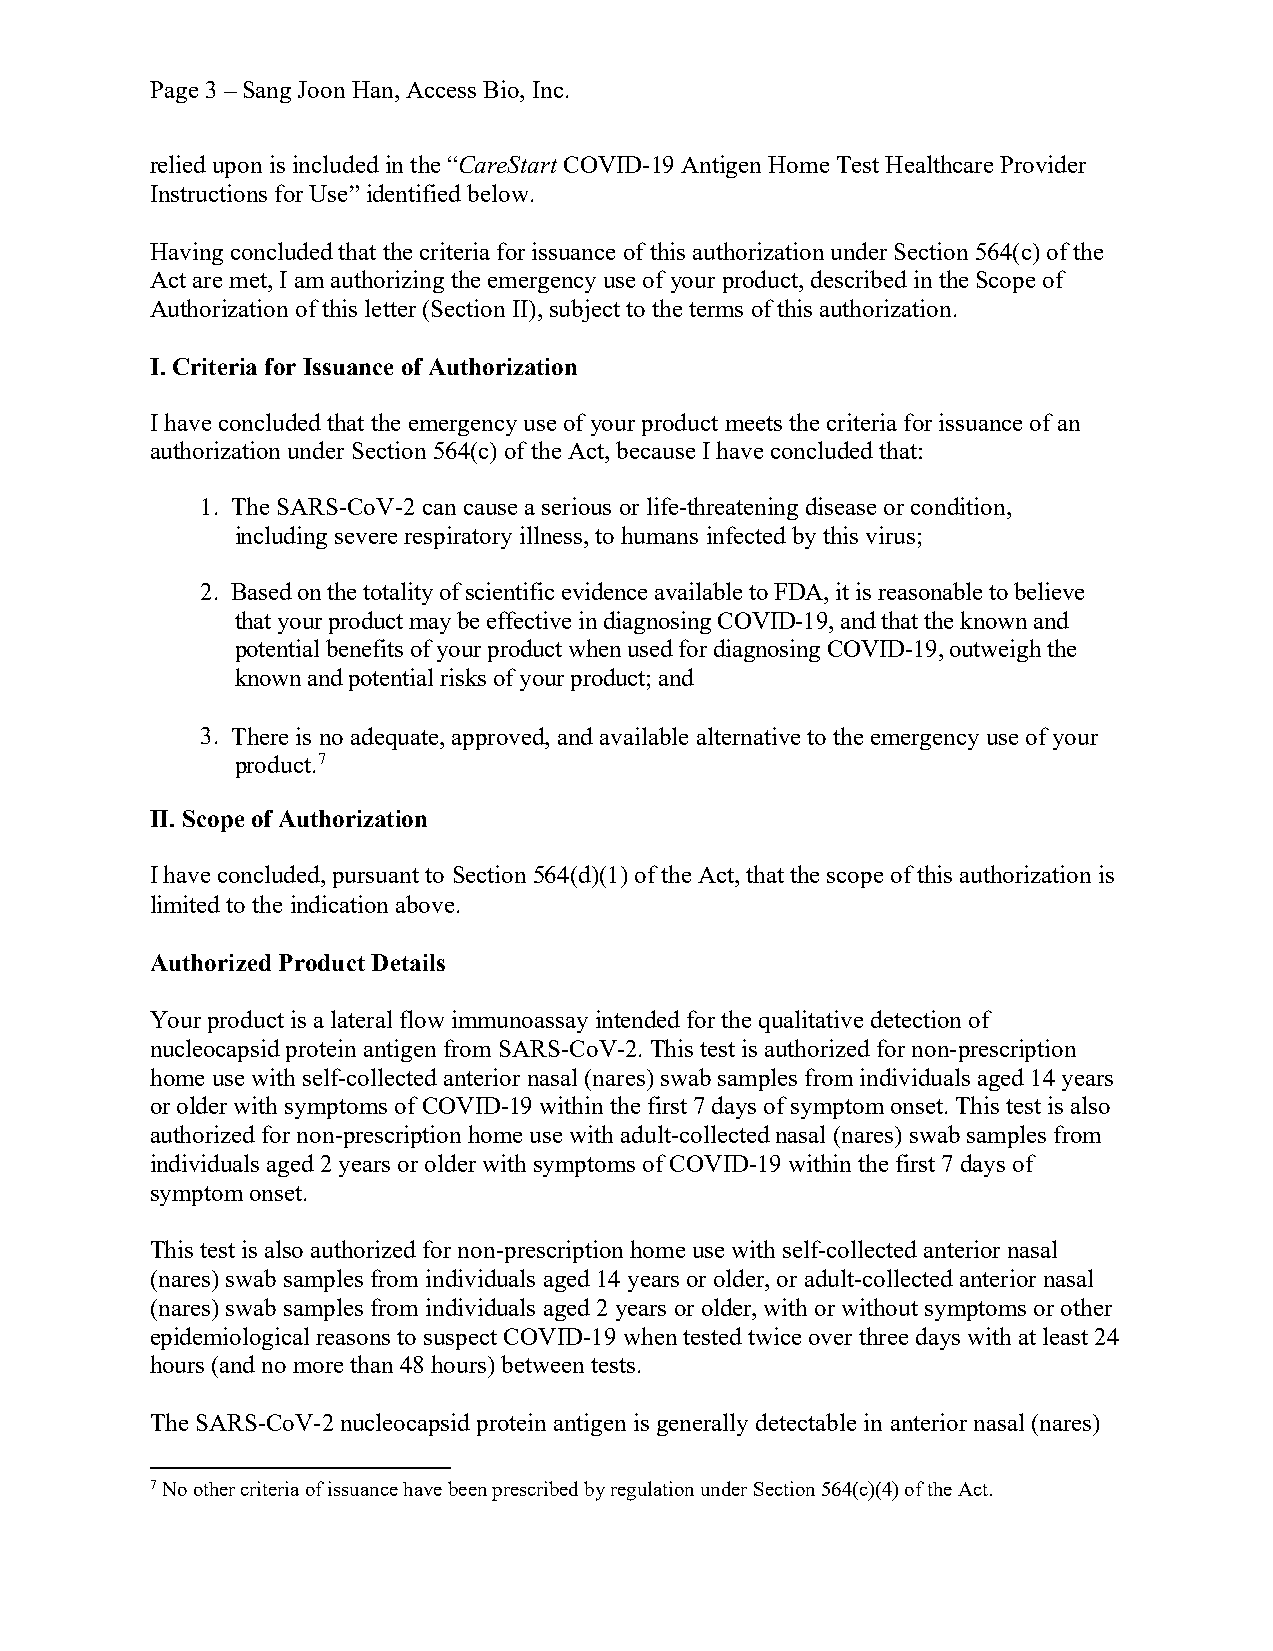
Page 3 – Sang Joon Han, Access Bio, Inc.
 relied upon is included in the “CareStart COVID-19 Antigen Home Test Healthcare Provider
 Instructions for Use” identified below.
 Having concluded that the criteria for issuance of this authorization under Section 564(c) of the
 Act are met, I am authorizing the emergency use of your product, described in the Scope of
 Authorization of this letter (Section II), subject to the terms of this authorization.
 I. Criteria for Issuance of Authorization
 I have concluded that the emergency use of your product meets the criteria for issuance of an
 authorization under Section 564(c) of the Act, because I have concluded that:
 1. The SARS-CoV-2 can cause a serious or life-threatening disease or condition,
 including severe respiratory illness, to humans infected by this virus;
 2. Based on the totality of scientific evidence available to FDA, it is reasonable to believe
 that your product may be effective in diagnosing COVID-19, and that the known and
 potential benefits of your product when used for diagnosing COVID-19, outweigh the
 known and potential risks of your product; and
 3. There is no adequate, approved, and available alternative to the emergency use of your
 product.7
 II. Scope of Authorization
 I have concluded, pursuant to Section 564(d)(1) of the Act, that the scope of this authorization is
 limited to the indication above.
 Authorized Product Details
 Your product is a lateral flow immunoassay intended for the qualitative detection of
 nucleocapsid protein antigen from SARS-CoV-2. This test is authorized for non-prescription
 home use with self-collected anterior nasal (nares) swab samples from individuals aged 14 years
 or older with symptoms of COVID-19 within the first 7 days of symptom onset. This test is also
 authorized for non-prescription home use with adult-collected nasal (nares) swab samples from
 individuals aged 2 years or older with symptoms of COVID-19 within the first 7 days of
 symptom onset.
 This test is also authorized for non-prescription home use with self-collected anterior nasal
 (nares) swab samples from individuals aged 14 years or older, or adult-collected anterior nasal
 (nares) swab samples from individuals aged 2 years or older, with or without symptoms or other
 epidemiological reasons to suspect COVID-19 when tested twice over three days with at least 24
 hours (and no more than 48 hours) between tests.
 The SARS-CoV-2 nucleocapsid protein antigen is generally detectable in anterior nasal (nares)
 7 No other criteria of issuance have been prescribed by regulation under Section 564(c)(4) of the Act.